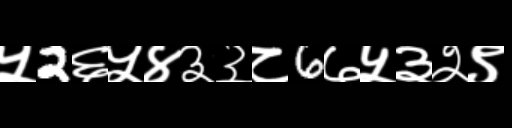
Text: ५2६५४३३८6७५३२९